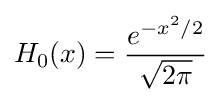
H_{0}(x)={e^{-x^{2}/2} \over {\sqrt {2\pi }}}